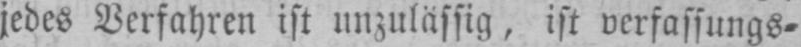
jedes Verfahren ist unzulässig, ist verfassungs⸗